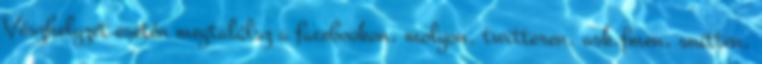
Vészhelyzet esetén megtalálsz a facebookon, molyon, twitteren, ask.fmen, snitten,